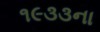
૧૯૩૩ના